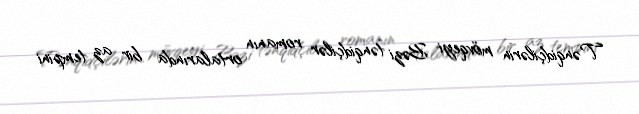
Tənqidçilərin mövqeyi Bəzi tənqidçilər romanın ortalarında bir az tempini